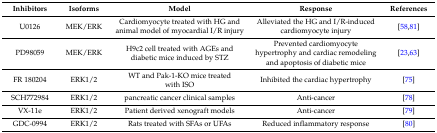
<table><thead><tr><td><b>Inhibitors</b></td><td><b>Isoforms</b></td><td><b>Model</b></td><td><b>Response</b></td><td><b>References</b></td></tr></thead><tbody><tr><td>U0126</td><td>MEK/ERK</td><td>Cardiomyocyte treated with HG and animal model of myocardial I/R injury</td><td>Alleviated the HG and I/R-induced cardiomyocyte injury</td><td>[58,81]</td></tr><tr><td>PD98059</td><td>MEK/ERK</td><td>H9c2 cell treated with AGEs and diabetic mice induced by STZ</td><td>Prevented cardiomyocyte hypertrophy and cardiac remodeling and apoptosis of diabetic mice</td><td>[23,63]</td></tr><tr><td>FR 180204</td><td>ERK1/2</td><td>WT and Pak-1-KO mice treated with ISO</td><td>Inhibited the cardiac hypertrophy</td><td>[75]</td></tr><tr><td>SCH772984</td><td>ERK1/2</td><td>pancreatic cancer clinical samples</td><td>Anti-cancer</td><td>[78]</td></tr><tr><td>VX-11e</td><td>ERK1/2</td><td>Patient derived xenograft models</td><td>Anti-cancer</td><td>[79]</td></tr><tr><td>GDC-0994</td><td>ERK1/2</td><td>Rats treated with SFAs or UFAs</td><td>Reduced inflammatory response</td><td>[80]</td></tr></tbody></table>